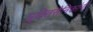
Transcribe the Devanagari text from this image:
मुक्तिसैनिकांनी